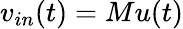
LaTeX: v_{in}(t)=Mu(t)